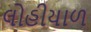
લોહીયાળ